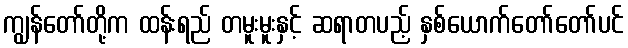
ကျွန်တော်တို့က ထန်းရည် တမူးမူးနှင့် ဆရာတပည့် နှစ်ယောက်တော်တော်ပင်